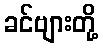
ခင်ဗျားတို့